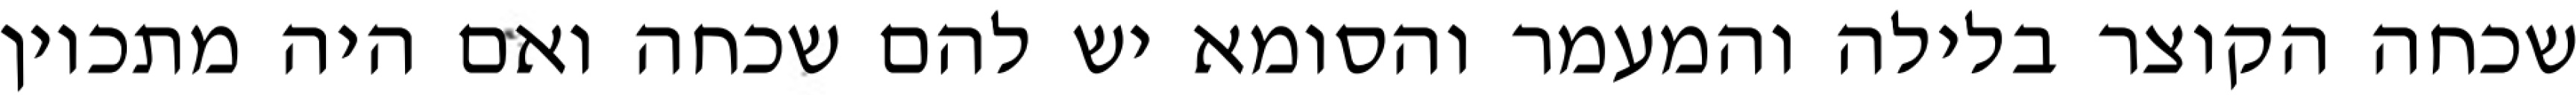
שכחה הקוצר בלילה והמעמר והסומא יש להם שכחה ואם היה מתכוין